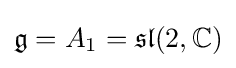
{\mathfrak {g}}=A_{1}={\mathfrak {sl}}(2,\mathbb {C} )